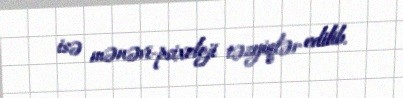
isə mənəvi-psixoloji təzyiqlər edilib.